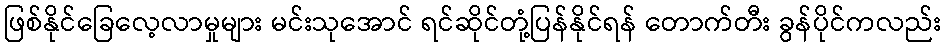
ဖြစ်နိုင်ခြေလေ့လာမှုများ မင်းသုအောင် ရင်ဆိုင်တုံ့ပြန်နိုင်ရန် တောက်တီး ခွန်ပိုင်ကလည်း